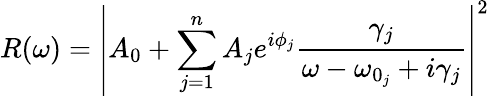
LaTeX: R(\omega)=\left|A_{0}+\sum_{j=1}^{n}A_{j}e^{i\phi_{j}}\frac{\gamma_{j}}{\omega-\omega_{0_{j}}+i\gamma_{j}}\right|^{2}